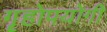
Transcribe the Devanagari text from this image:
गॄहोपयोगी